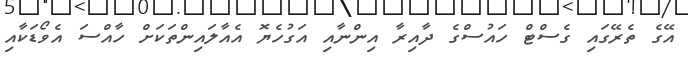
އޭގެ ތެރޭގައި ގެސްޓް ހައުސްގެ ދާއިރާ އިންނާއި އަގުހެޔޮ އެއާލައިންތަކަށް ހާއްސަ އެވޯޑަކާއި